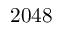
2 0 4 8